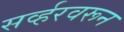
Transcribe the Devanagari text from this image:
सर्व्हरवरून